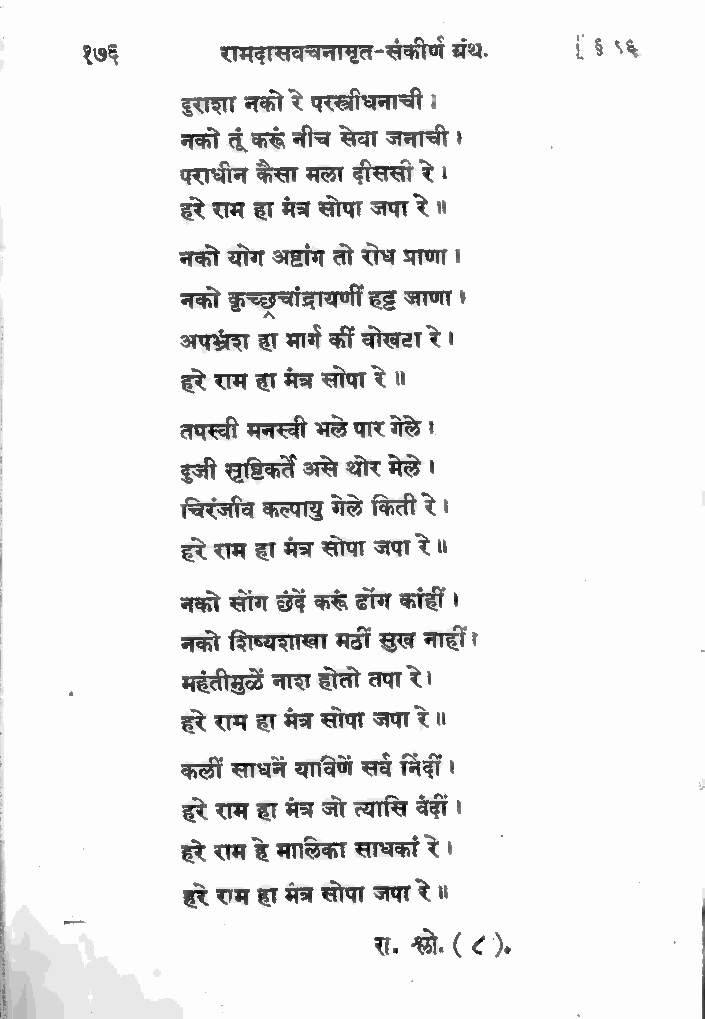
रामदासवचनासृत-संकीण रथ. | $ ५६
 x
 दुराशा नको रे परस्त्रीधनाची ।
 नको तूंक रुं नीच सेवा जनाची ।
 पराधीन कैसा मला दीससा रे!
 हरे राम हा मंत्र सोपा जपा रे ॥
 नको योग अष्टांग तो रोध प्राणा ।
 नको कृच्छुचांद्रायणी हट्ट जाणा ।
 अपश्वेश हा मार्ग कीं वोखटा रे।
 हरे राम हा मंत्र सोपा रे ॥
 तपस्वी मनस्वी भले पार गेले ।
 दुजी सृष्टिकर्ते असे थोर मेळे ।
 चिरंजीव कल्पायु गेले किती रे।
 हरे राम हा मंत्र सोपा जपा रे॥
 नको सोंग छंदें करूं ढोंग कांही ।
 नको शिष्यशाखा मठीं सुख नाहीं।
 महँतीमुळें नाश होतो तपा रे।
 हरे राम हा मंत्र सोपा जपा रे ॥
 कलीं साधनें याविणें खव निंदीं।
 हरे राम हा मंत्र जो त्यासि वेदीं ।
 हरे राम हे मालेका साधकां रे।
 हरे राम हा मंत्र सोपा जपा रे॥
 रा. छो. (८),
 ROSS